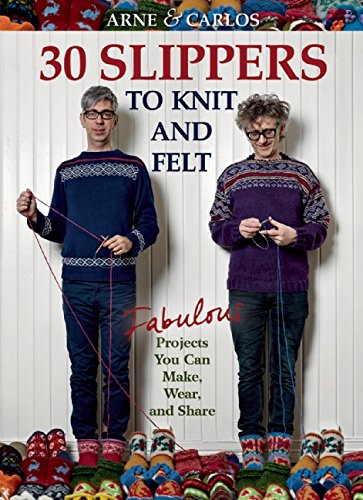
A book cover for Arne & Carlos-30 Slippers to Knit & Felt: Fabulous Projects You Can Make, Wear, and Share; Arne Nerjordet; Crafts, Hobbies & Home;